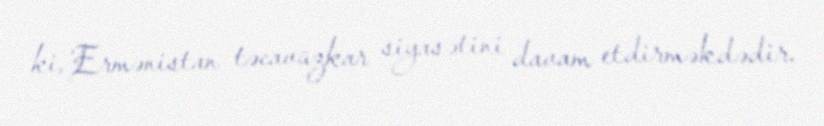
ki, Ermənistan təcavüzkar siyasətini davam etdirməkdədir.